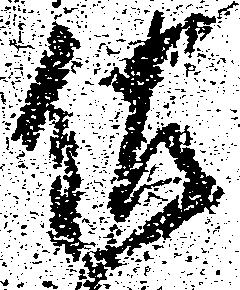
佐